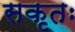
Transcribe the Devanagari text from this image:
सकृतः